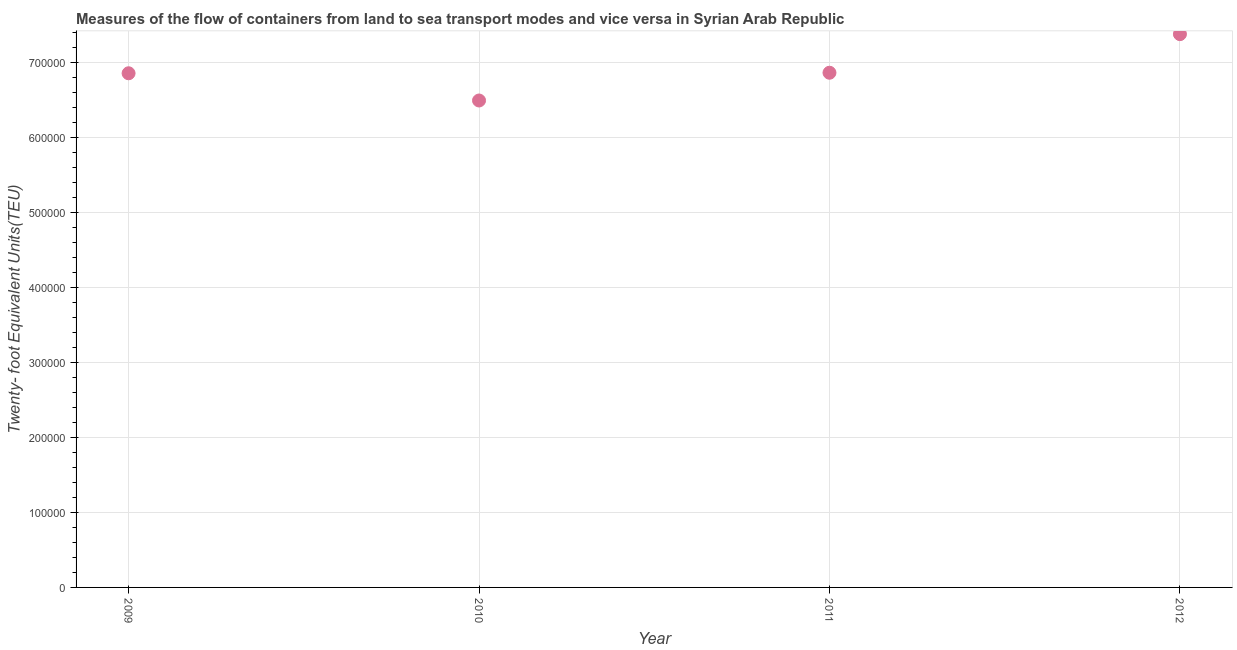
| Year | Container port traffic |
 | --- | --- |
 | 2009 | 6.85e+05 |
 | 2010 | 6.49e+05 |
 | 2011 | 6.86e+05 |
 | 2012 | 7.37e+05 |